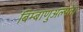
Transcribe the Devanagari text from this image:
बिम्बाणुअल्पता